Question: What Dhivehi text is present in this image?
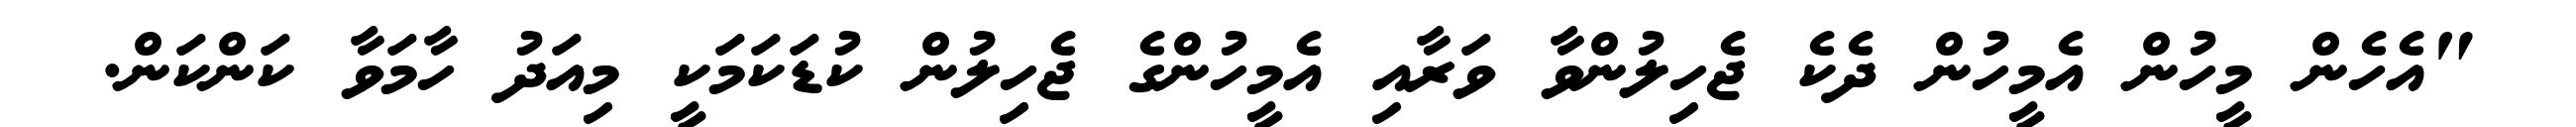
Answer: "އެހެން މީހުން އެމީހުން ދެކެ ޖެހިލުންވާ ވަރާއި އެމީހުންގެ ޖެހިލުން ކުޑަކަމަކީ މިއަދު ހާމަވާ ކަންކަން.